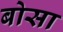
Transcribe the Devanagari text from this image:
बोसा